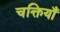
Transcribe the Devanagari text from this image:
चक्तियाँ